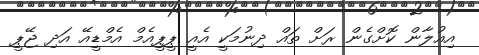
އިއުލާން ކޮށްގެން ރަށް ތައް ދިނުމަކީ އެއީ ޕީޕީއެމް އެމްޑީއޭ އަދި ޖޭޕީ